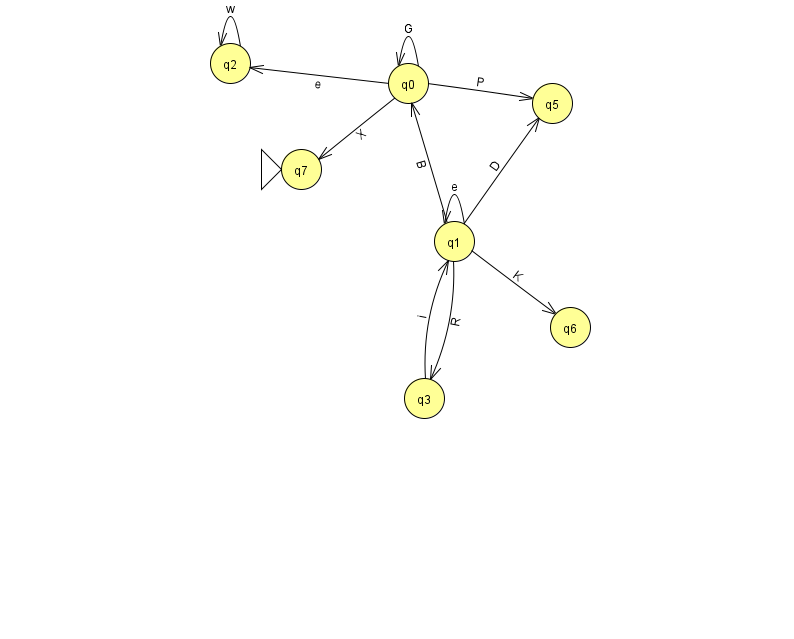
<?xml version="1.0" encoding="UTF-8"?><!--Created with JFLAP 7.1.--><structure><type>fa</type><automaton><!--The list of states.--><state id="0" name="q0"><x>408.0</x><y>70.0</y></state><state id="1" name="q1"><x>454.0</x><y>228.0</y></state><state id="2" name="q2"><x>230.0</x><y>50.0</y></state><state id="3" name="q3"><x>424.0</x><y>385.0</y></state><state id="5" name="q5"><x>552.0</x><y>90.0</y></state><state id="6" name="q6"><x>570.0</x><y>314.0</y></state><state id="7" name="q7"><x>301.0</x><y>156.0</y><initial/></state><!--The list of transitions.--><transition><from>1</from><to>0</to><read>B</read></transition><transition><from>1</from><to>5</to><read>D</read></transition><transition><from>0</from><to>7</to><read>X</read></transition><transition><from>1</from><to>1</to><read>e</read></transition><transition><from>3</from><to>1</to><read>i</read></transition><transition><from>0</from><to>5</to><read>P</read></transition><transition><from>0</from><to>0</to><read>G</read></transition><transition><from>2</from><to>2</to><read>w</read></transition><transition><from>1</from><to>6</to><read>K</read></transition><transition><from>0</from><to>2</to><read>e</read></transition><transition><from>1</from><to>3</to><read>R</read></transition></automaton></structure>